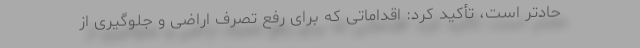
حادتر است، تأکید کرد: اقداماتی که برای رفع تصرف اراضی و جلوگیری از